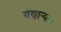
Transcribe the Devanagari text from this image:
येणार्‍याअ